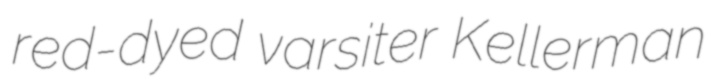
red-dyed varsiter Kellerman